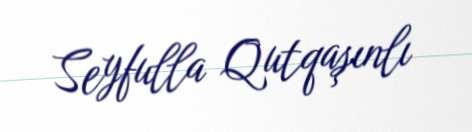
Seyfulla Qutqaşınlı